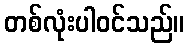
တစ်လုံးပါဝင်သည်။